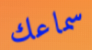
سماعك